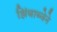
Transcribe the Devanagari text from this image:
झिंबाब्वेने